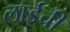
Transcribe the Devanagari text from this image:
लाईची